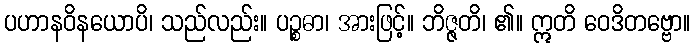
ပဟာနဝိနယောပိ၊ သည်လည်း။ ပဉ္စဓာ၊ အားဖြင့်။ ဘိဇ္ဇတိ၊ ၏။ ဣတိ ဝေဒိတဗ္ဗော။